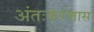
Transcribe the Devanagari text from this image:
अंतःकरणास